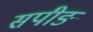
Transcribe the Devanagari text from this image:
सपीङ